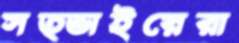
সত্ভাইয়েরা